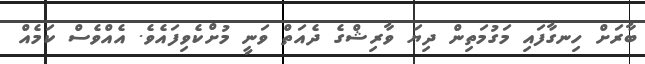
ބާރަށް ހިނގާފައި މަގުމަތިން ދިޔަ ވާރިޝްގެ ދެއަތް ވަނީ މުށްކެވިފައެވެ. އެއްވެސް ކަމެއް